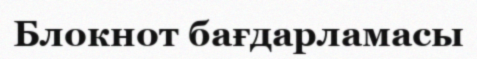
Блокнот бағдарламасы